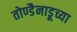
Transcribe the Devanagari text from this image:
तोण्डैनाडूच्या